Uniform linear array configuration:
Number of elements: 32
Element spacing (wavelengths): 0.25
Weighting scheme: hamming
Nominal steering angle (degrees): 60
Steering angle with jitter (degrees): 60.9
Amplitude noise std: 0.05
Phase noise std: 0.05

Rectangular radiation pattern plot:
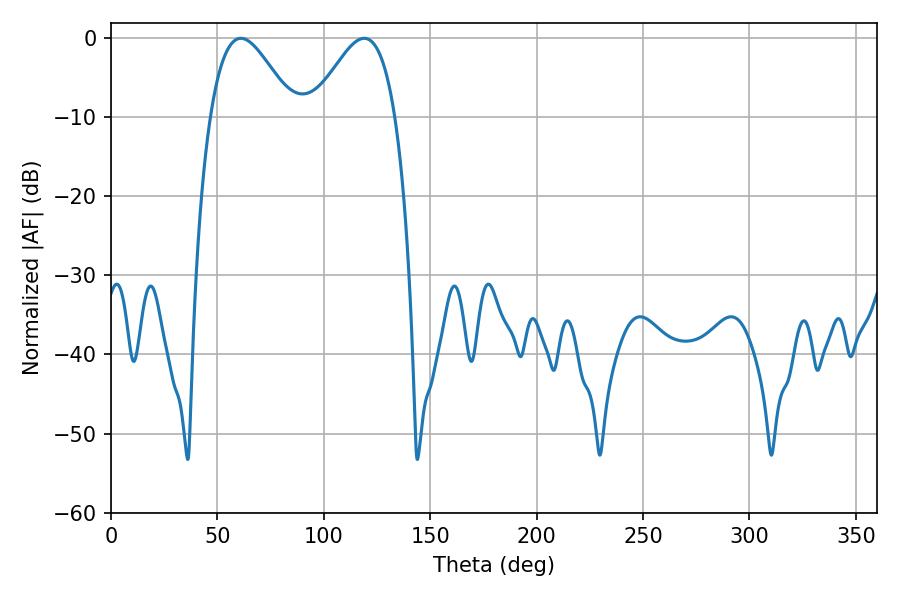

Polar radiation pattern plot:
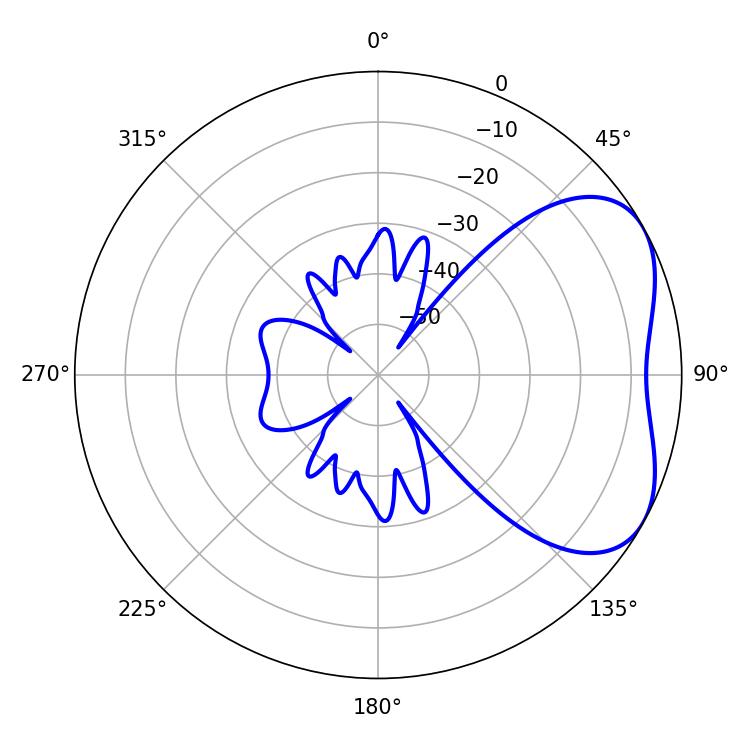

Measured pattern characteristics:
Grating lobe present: FALSE
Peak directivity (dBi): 4.366
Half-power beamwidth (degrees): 20.88
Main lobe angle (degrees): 61.02